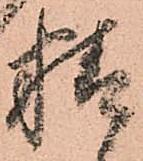
精